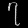
Digit: ၇